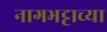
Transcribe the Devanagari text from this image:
नागभट्टाच्या